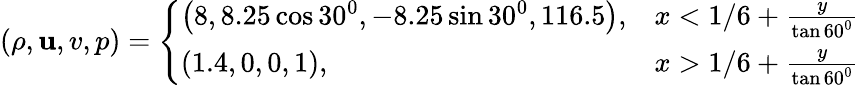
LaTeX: (\rho,\mathbf{u},v,p)=\left\{ \begin{array}{ll}{\left(8,8.25\cos 30^{0},-8.25\sin 30^{0},116.5\right),}&{x<1/6+\frac{y}{\tan 60^{0}}}\\ {(1.4,0,0,1),}&{x>1/6+\frac{y}{\tan 60^{0}}}\end{array}\right.